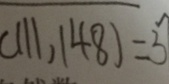
( 1 1 1 , 1 4 8 ) = 3 7